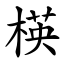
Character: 楧